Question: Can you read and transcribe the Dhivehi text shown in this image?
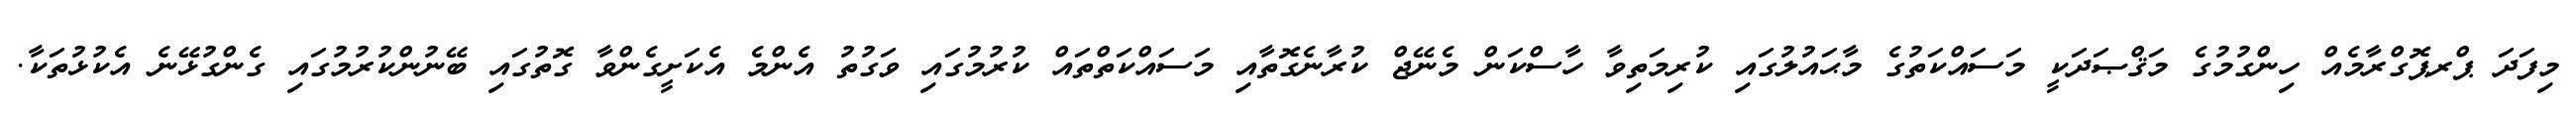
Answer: މިފަދަ ޕްރޕޮގްރާމެއް ހިންގުމުގެ މަޤްޞަދަކީ މަސައްކަތުގެ މާޙައުލުގައި ކުރިމަތިވާ ހާސްކަން މެނޭޖް ކުރާނެގޮތާއި މަސައްކަތްތައް ކުރުމުގައި ވަގުތު އެންމެ އެކަށީގެންވާ ގޮތުގައި ބޭނުންކުރުމުގައި ގެންގުޅޭނެ އެކުޅުތަކާ.